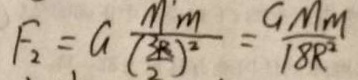
F _ { 2 } = G \frac { M m } { ( \frac { 3 R } { 2 } ) ^ { 2 } } = \frac { G M m } { 1 8 R ^ { 2 } }